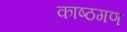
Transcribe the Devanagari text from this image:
काष्ठगण